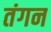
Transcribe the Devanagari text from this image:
तंगन